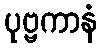
ပုဗ္ဗကာနံ